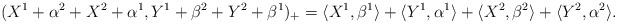
LaTeX: \begin{align*} (X^1+\alpha^2+X^2+\alpha^1,Y^1+\beta^2+Y^2+\beta^1)_+=\langle X^1,\beta^1 \rangle+\langle Y^1,\alpha^1 \rangle+\langle X^2,\beta^2 \rangle+\langle Y^2,\alpha^2 \rangle.\end{align*}